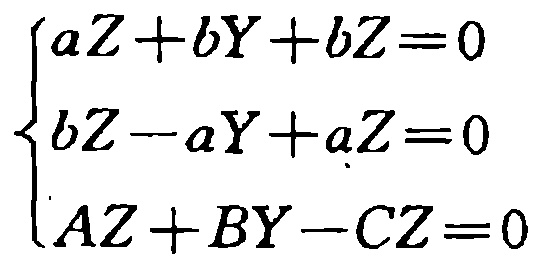
\[

\begin{cases}

aZ + bY + bZ = 0 \\

bZ - aY + aZ = 0 \\

AZ + BY - CZ = 0

\end{cases}

\]